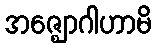
အဇ္ဈောဂါဟာမိ